General report no. 6 on the lunatic asylums, vaccination and dispensaries in the Bengal Presidency, 1873 -
Year: 1873
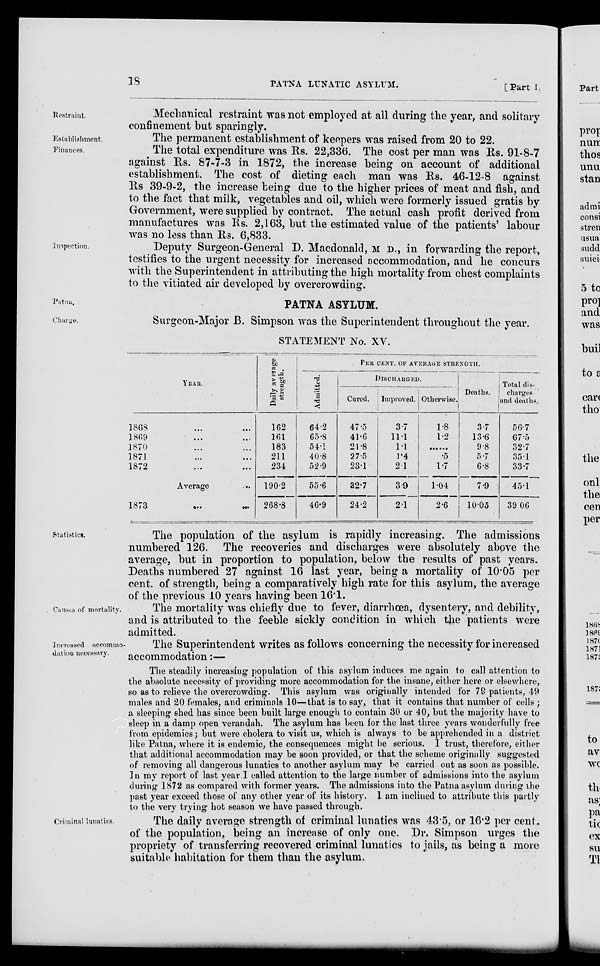
18
PATNA LUNATIC ASYLUM.
[Part I.
Restraint.
Mechanical restraint was not employed at all during the year, and solitary
confinement but sparingly.
Establishment.
The permanent establishment of keepers was raised from 20 to 22.
Finances.
The total expenditure was Rs. 22,336. The cost per man was Rs. 91-8-7
against Rs. 87-7-3 in 1872, the increase being on account of additional
establishment. The cost of dieting each man was Rs. 46-12-8 against
Rs.39-9-2, the increase being due to the higher prices of meat and fish, and
to the fact that milk, vegetables and oil, which were formerly issued gratis by
Government, were supplied by contract. The actual cash profit derived from
manufactures was Rs. 2,163, but the estimated value of the patients' labour
was no less than Rs. 6,833.
Inspection.
Deputy Surgeon-General D. Macdonald, M D., in forwarding the report,
testifies to the urgent necessity for increased accommodation, and he concurs
with the Superintendent in attributing the high mortality from chest complaints
to the vitiated air developed by overcrowding.
Patna.
PATNA ASYLUM.
Charge.
Surgeon-Major B. Simpson was the Superintendent throughout the year.
STATEMENT No. XV.
YEAR.
1868 ... ...
1869 ... ...
1870 ... ...
1871 ... ...
1872
...
...
Average ...
1873
...
...
Daily average
strength.
162
161
183
211
234
190.2
268.8
PER CENT. OF AVERAGE STRENGTH.
Admitted.
64.2
65.8
54.1
40.8
52.9
55.6
46.9
DISCHARGED.
Cured.
47.5
41.6
21.8
27.5
23.1
32.7
24.2
Improved.
3.7
11.1
1.1
1.4
2.1
3.9
2.1
Otherwise.
1.8
1.2
......
.5
1.7
1.04
2.6
Deaths.
3.7
13.6
9.8
5.7
6.8
7.9
10.05
Total dis-
charges
and deaths.
56.7
67.5
32.7
35.1
33.7
45.1
39.06
Statistics.
The population of the asylum is rapidly increasing. The admissions
numbered 126. The recoveries and discharges were absolutely above the
average, but in proportion to population, below the results of past years.
Deaths numbered 27 against 16 last year, being a mortality of 10.05 per
cent. of strength, being a comparatively high rate for this asylum, the average
of the previous 10 years having been 16.1.
Causes of mortality.
The mortality was chiefly due to fever, diarrhœa, dysentery, and debility,
and is attributed to the feeble sickly condition in which the patients were
admitted.
Increased accommo-
dation necessary.
The Superintendent writes as follows concerning the necessity for increased
accommodation:—
The steadily increasing population of this asylum induces me again to call attention to
the absolute necessity of providing more accommodation for the insane, either here or elsewhere,
so as to relieve the overcrowding. This asylum was originally intended for 79 patients, 49
males and 20 females, and criminals 10—that is to say, that it contains that number of cells ;
a sleeping shed has since been built large enough to contain 30 or 40, but the majority have to
sleep in a damp open verandah. The asylum has been for the last three years wonderfully free
from epidemics; but were cholera to visit us, which is always to be apprehended in a district
like Patna, where it is endemic, the consequences might be serious. I trust, therefore, either
that additional accommodation may be soon provided, or that the scheme originally suggested
of removing all dangerous lunatics to another asylum may be carried out as soon as possible.
In my report of last year I called attention to the large number of admissions into the asylum
during 1872 as compared with former years. The admissions into the Patna asylum during the
past year exceed those of any other year of its history. 1 am inclined to attribute this partly
to the very trying hot season we have passed through.
Criminal lunatics.
The daily average strength of criminal lunatics was 43.5, or 16.2 per cent.
of the population, being an increase of only one. Dr. Simpson urges the
propriety of transferring recovered criminal lunatics to jails, as being a more
suitable habitation for them than the asylum.